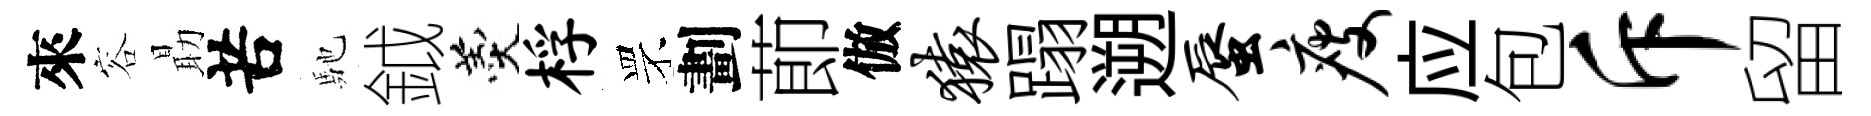
來容朂苦馳鉞羹桴罘劃莭倣猿蹋遡蜃瘦应包斥留